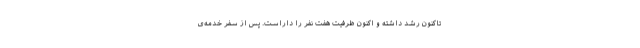
تاکنون رشد داشته و اکنون ظرفیت هفت نفر را داراست. پس از سفر خدمه‌ی